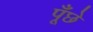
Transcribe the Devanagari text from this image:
पूँछे